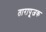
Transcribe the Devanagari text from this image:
तारापूजक